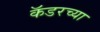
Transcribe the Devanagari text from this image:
कॅडरच्या